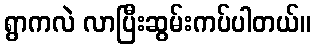
ရွာကလဲ လာပြီးဆွမ်းကပ်ပါတယ်။